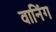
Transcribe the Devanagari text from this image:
वानिंग